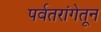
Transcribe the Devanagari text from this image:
पर्वतरांगेतून